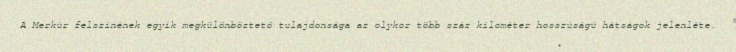
A Merkúr felszínének egyik megkülönböztető tulajdonsága az olykor több száz kilométer hosszúságú hátságok jelenléte.